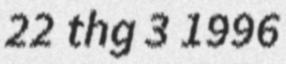
22 thg 3 1996